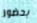
بحضور